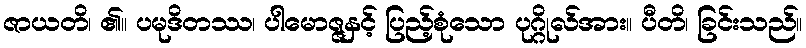
ဇာယတိ၊ ၏။ ပမုဒိတဿ၊ ပါမောဇ္ဇနှင့် ပြည့်စုံသော ပုဂ္ဂိုလ်အား။ ပီတိ၊ ခြင်းသည်။